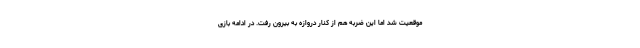
موقعیت شد اما این ضربه هم از کنار دروازه به بیرون رفت. در ادامه بازی